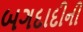
બગદાદીની